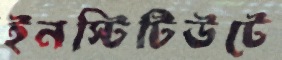
ইনস্টিটিউটে